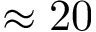
\approx 2 0